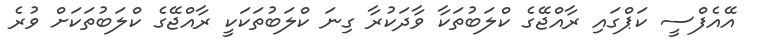
އޭއެފްސީ ކަޕްގައި ރާއްޖޭގެ ކްލަބުތަކާ ވާދަކުރާ ގިނަ ކްލަބުތަކަކީ ރާއްޖޭގެ ކްލަބުތަކަށް ވުރެ